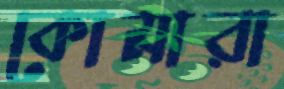
কোমারা